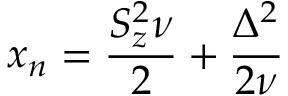
x _ { n } = \frac { S _ { z } ^ { 2 } \nu } { 2 } + \frac { \Delta ^ { 2 } } { 2 \nu }